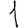
Digit: 1